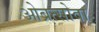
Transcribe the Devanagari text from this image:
ओब्रत्सोवा